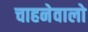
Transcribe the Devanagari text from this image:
चाहनेवालो